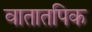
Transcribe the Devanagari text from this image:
वातातपिक